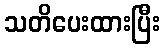
သတိပေးထားပြီး